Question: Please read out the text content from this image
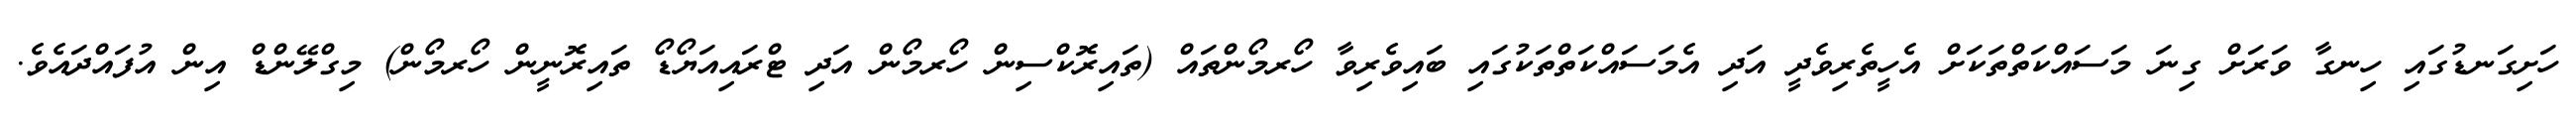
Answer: ހަށިގަނޑުގައި ހިނގާ ވަރަށް ގިނަ މަސައްކަތްތަކަށް އެހީތެރިވެދީ އަދި އެމަސައްކަތްތަކުގައި ބައިވެރިވާ ހޯރމޯންތައް (ތައިރޮކްސިން ހޯރމޯން އަދި ޓްރައިއަޔޯޑޯ ތައިރޮނީން ހޯރމޯން) މިގްލޭންޑް އިން އުފައްދައެވެ.